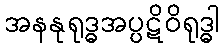
အနနုရုဒ္ဓအပ္ပဋိဝိရုဒ္ဓါ